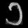
Digit: ၁